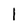
Character: 1